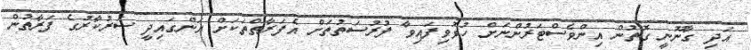
އަދި ގާނޫނީ ގޮތުން އިންވެސްޓަރުންނަށް ހުޅުވިފައިވާ ފުރުސަތުތަށް އެފަރާތްތަކަށް އަންގައިދީ ސަރުކާރުގެ ފަރާތުން